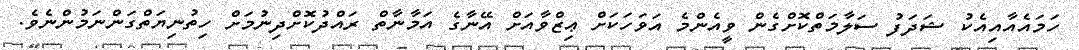
ހަމައެއާއިއެކު ޝަދަފު ސަލާމަތްކޮށްގެން ވީއެންމެ އަވަހަކަށް ޢިޒްވާއަށް އޭނާގެ އަމާނާތް ރައްދުކޮށްދިނުމަށް ހިތުނިޔަތްގަންނަމުންނެވެ.